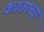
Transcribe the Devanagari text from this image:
काताच्या